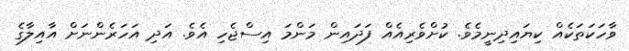
ވާހަކަތަކެއް ކިޔައިދިނީމެވެ. ކުށްވެރިއެއް ފަދައިން މަންމަ އިސްޖެހި އެވެ. އަދި އަހަރެންނަށް އާއިލާގެ